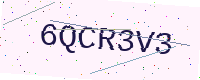
Text: 6QCR3V3